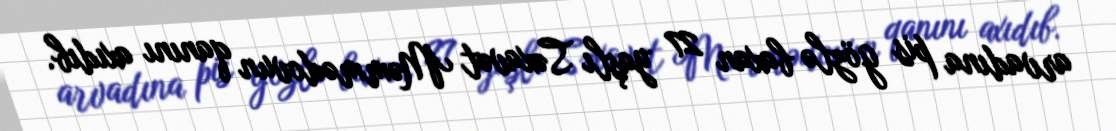
arvadına pis gözlə baxan 27 yaşlı Səxavət Məmmədovun qanını axıdıb.